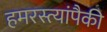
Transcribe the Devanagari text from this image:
हमरस्त्यांपैकी